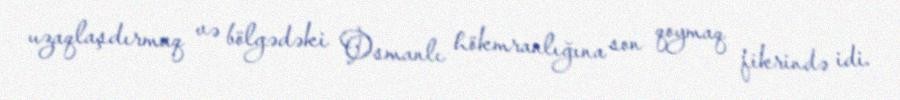
uzaqlaşdırmaq və bölgədəki Osmanlı hökmranlığına son qoymaq fikrində idi.